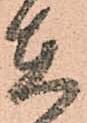
在